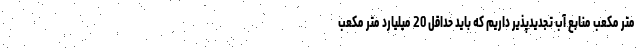
متر مکعب منابع آب تجدیدپذیر داریم که باید حداقل 20 میلیارد متر مکعب